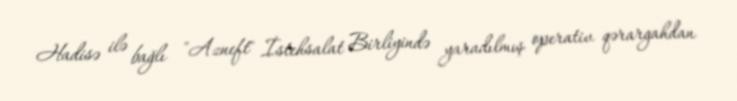
Hadisə ilə bağlı "Azneft" İstehsalat Birliyində yaradılmış operativ qərargahdan